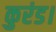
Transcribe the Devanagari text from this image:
कुरंड।